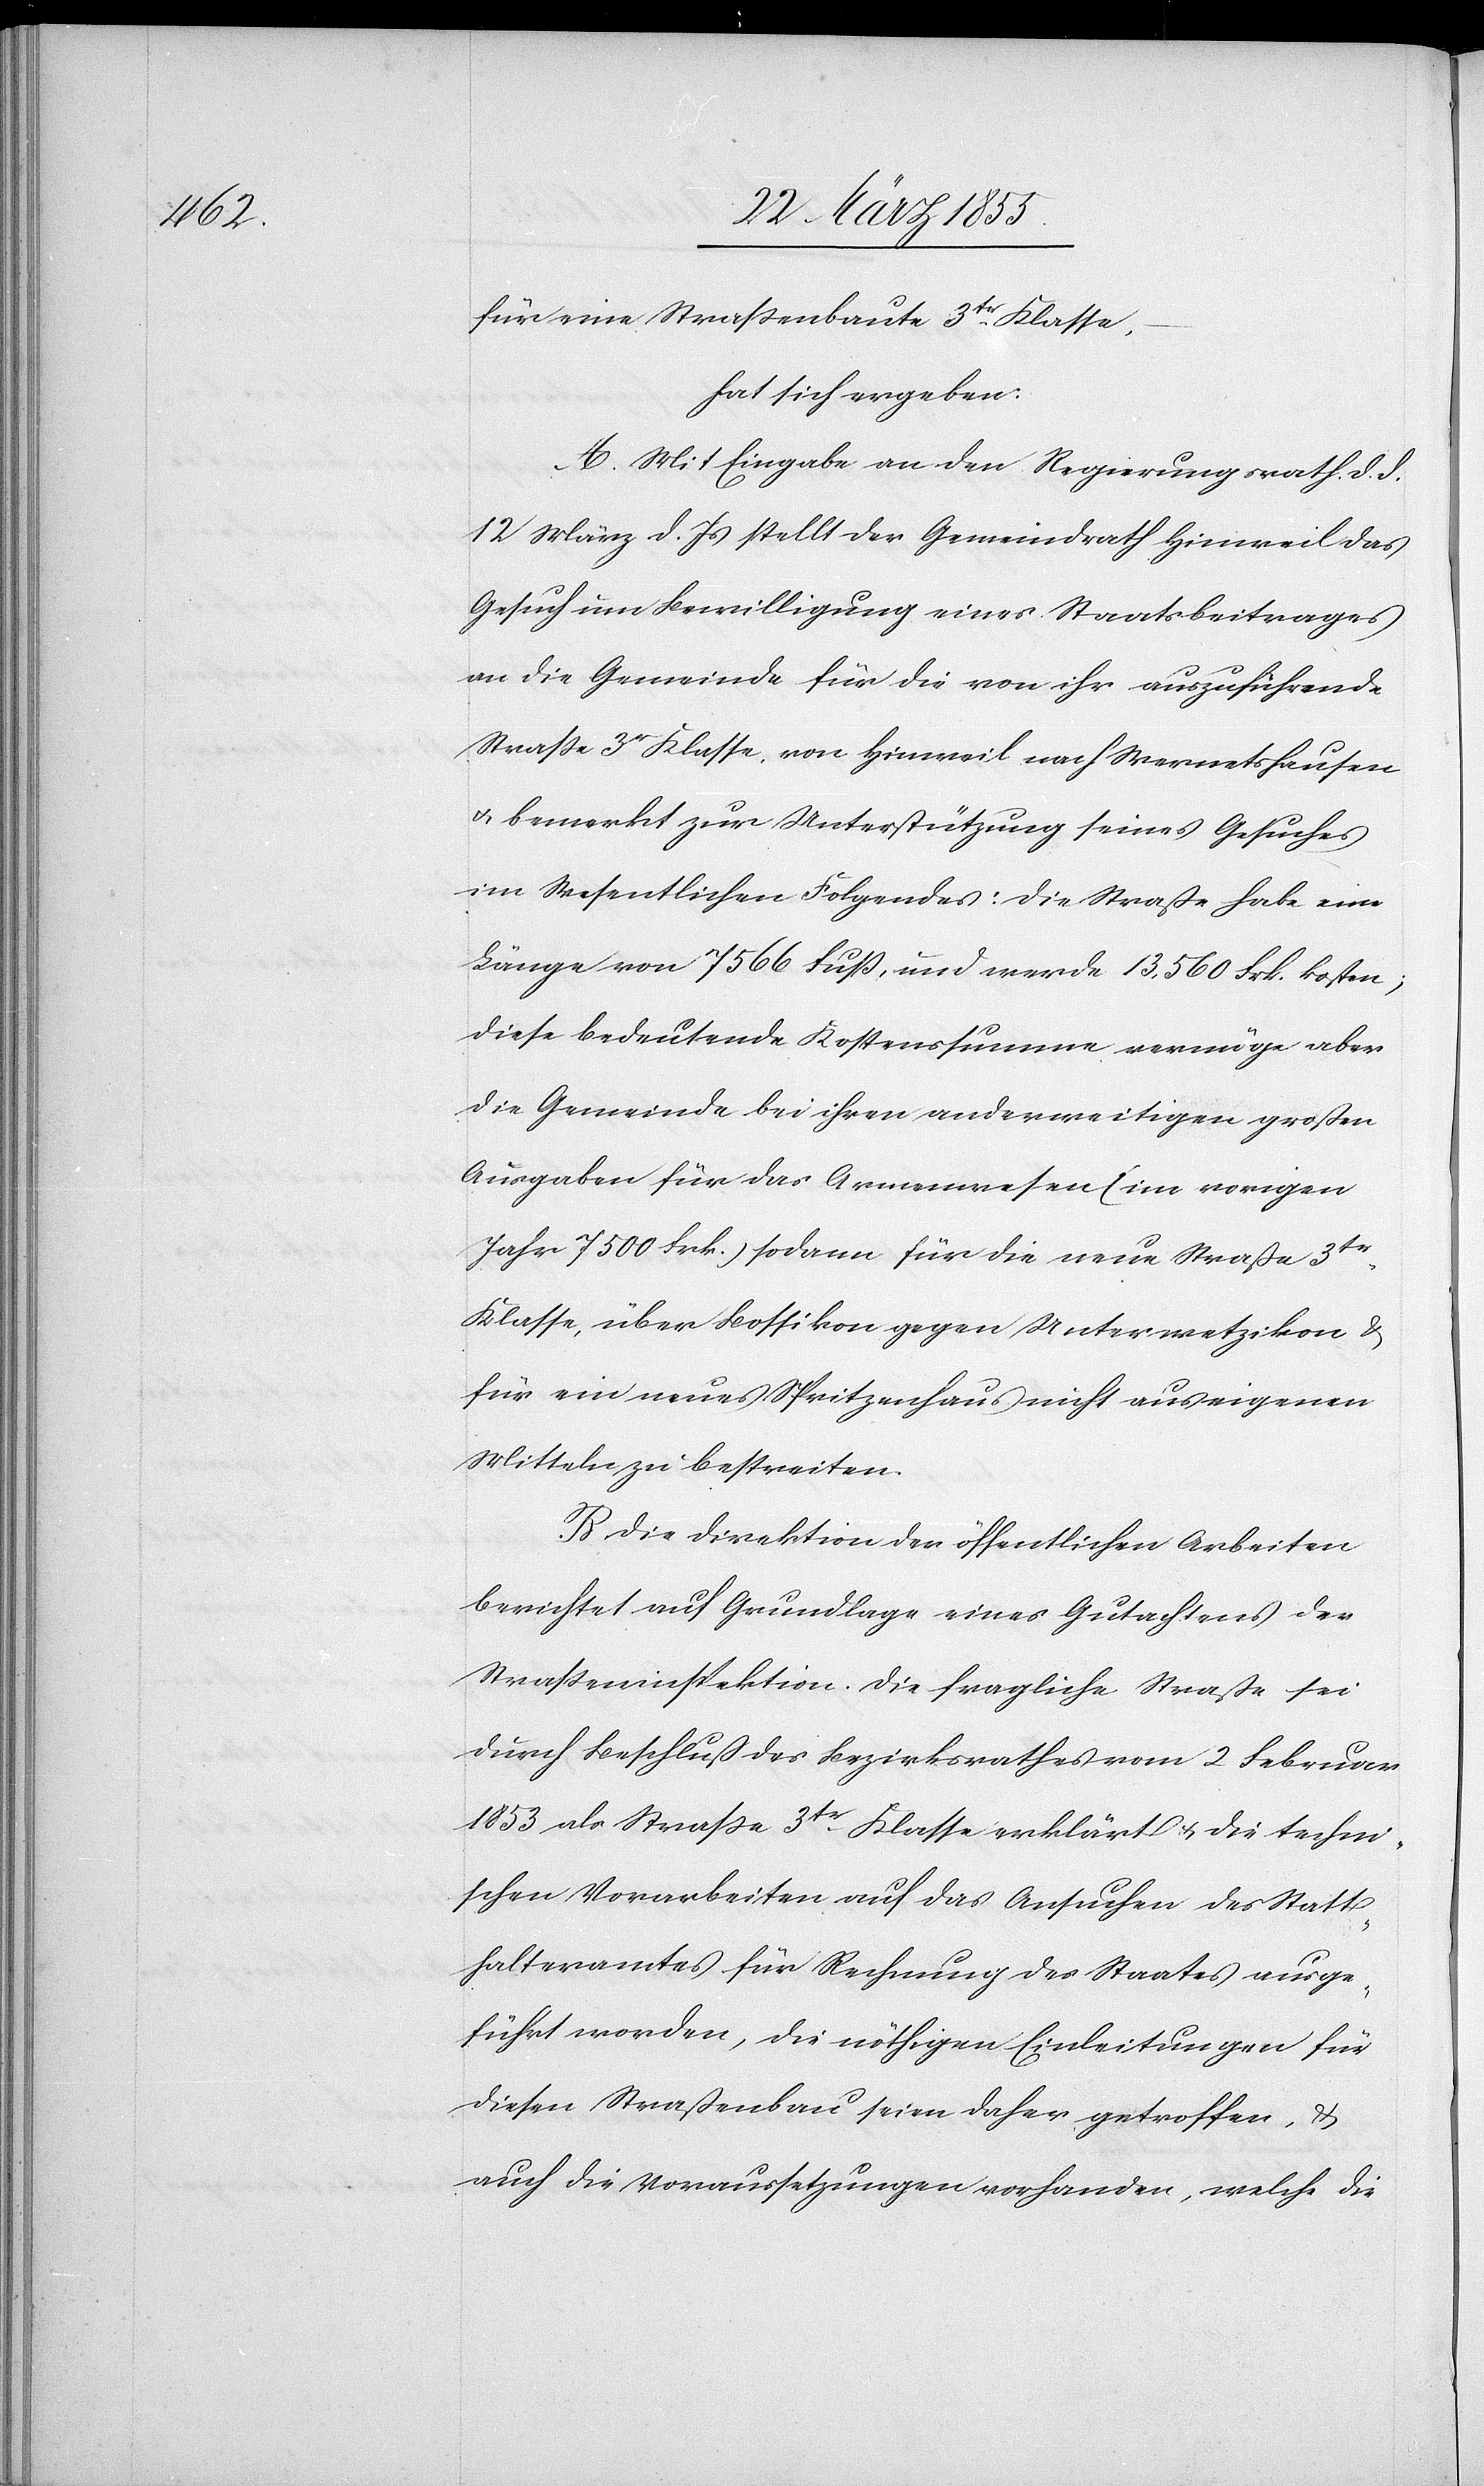
für eine Strassenbaute 3tr. Klasse,
hat sich ergeben:
A. Mit Eingabe an den Regierungsrath d. d.
12 März d. Js stellt der Gemeindrath Hinweil das
Gesuch um Bewilligung eines Staatsbeitrages
an die Gemeinde für die von ihr auszuführende
Strasse 3r Klasse, von Hinweil nach Wernetshausen
& bemerkt zur Unterstützung seines Gesuches
im Wesentlichen Folgendes: Die Straße habe eine
Länge von 7566 Fuß, und werde 13,560 Frk. kosten;
diese bedeutende Kostenssumme vermöge aber
die Gemeinde bei ihren anderweitigen großen
Ausgaben für das Armenwesen (im vorigen
Jahr 7500 Frk.) sodann für die neue Straße 3tr.
Klasse, über Bossikon gegen Unterwetzikon &
für ein neues Spritzenhaus nicht aus eigenen
Mitteln zu bestreiten.
B. Die Direktion der öffentlichen Arbeiten
berichtet auf Grundlage eines Gutachtens der
Strasseninspektion. Die fragliche Straße sei
durch Beschluß des Bezirksrathes vom 2 Februar
1853 als Strasse 3tr. Klasse erklärt & die techni¬
schen Vorarbeiten auf das Ansuchen des Statt¬
halteramtes für Rechnung des Staates ausge¬
führt worden, die nöthigen Einleitungen für
diesen Straßenbau seien daher getroffen, &
auch die Voraussetzungen vorhanden, welche die